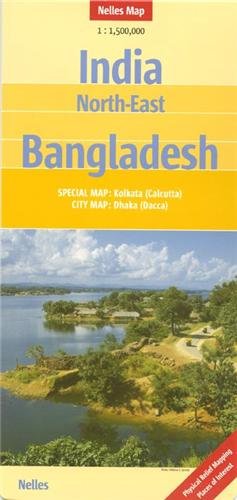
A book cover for North-East India and Bangladesh Nelles Map (English, French and German Edition); Nelles Maps; Travel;